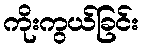
ကိုးကွယ်ခြင်း